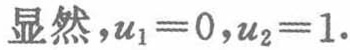
显然，$u_1 = 0, u_2 = 1$.